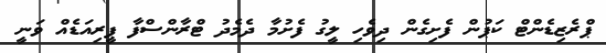
ޕްރެޒިޑެންޓް ކަޕުން ފެށިގެން ދިވެހި ލީގު ފެށުމާ ދެމެދު ޓްރާންސްފާ ޕީރިއަޑެއް ވަނީ